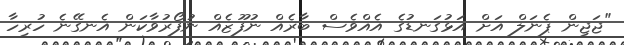
"ޖަޖިން ޕެނަލް އަށް އަޅުގަނޑުގެ އެއްވެސް ބާރެއް ނުފޫޒެއް ނުފޯރުވާކަން އެނގޭނެ ހުރިހާ